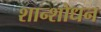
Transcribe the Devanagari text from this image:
शान्शोधन